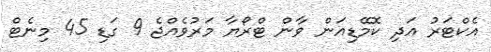
އެކްޓަރު އަދި ކޮމޭޑިއަން ވާން ޓްރޯޔާ މަރުވެއްޖެ 9 ގަޑި 45 މިނެޓް